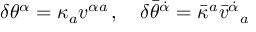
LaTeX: \delta \theta ^ { \alpha } = \kappa _ { a } v ^ { \alpha { } a } \, , \quad \delta \bar { \theta } ^ { \dot { \alpha } } = \bar { \kappa } ^ { a } \bar { v } ^ { \dot { \alpha } } { } _ { a }